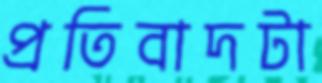
প্রতিবাদটা